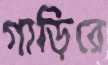
গাড়িরে